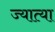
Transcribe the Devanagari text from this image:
ज्यात्या